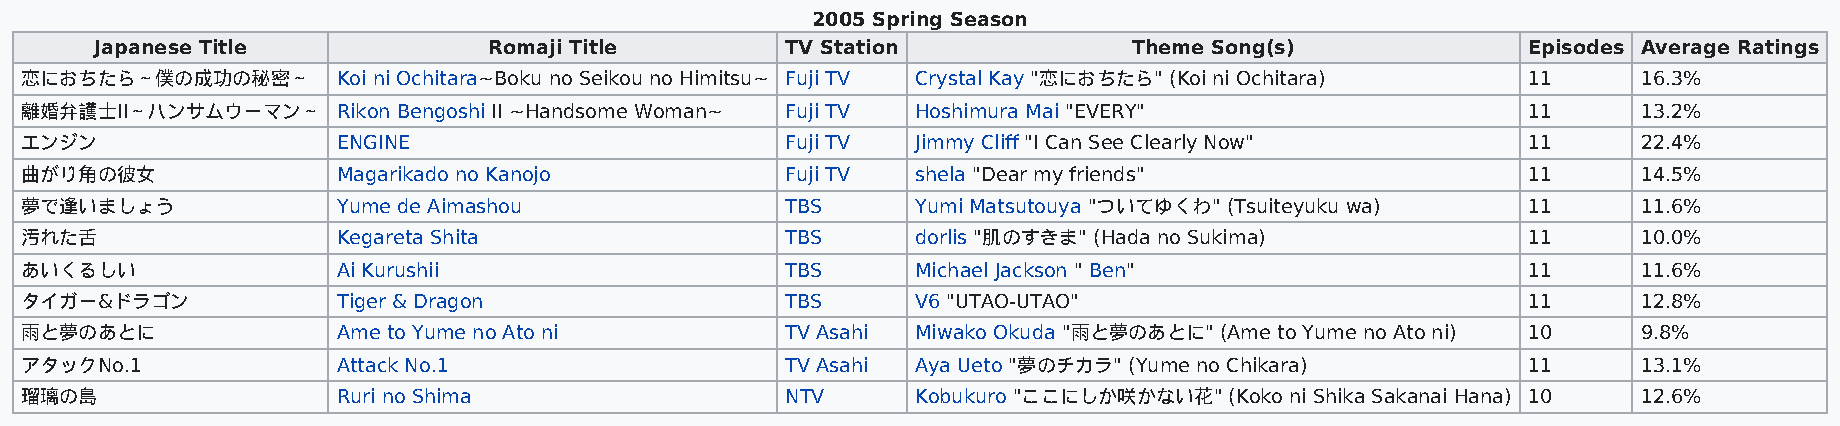
2005 Spring Season
 Japanese Title            Romaji Title        TV Station             Theme Song(s)             Episodes Average Ratings
 恋におちたら～僕の成功の秘密～      Koi ni Ochitara~Boku no Seikou no Himitsu~ Fuji TV Crystal Kay "恋におちたら" (Koi ni Ochitara) 11 16.3%
 離婚弁護士II～ハンサムウーマン～    Rikon Bengoshi II ~Handsome Woman~ Fuji TV Hoshimura Mai "EVERY"               11      13.2%
 エンジン                 ENGINE                        Fuji TV  Jimmy Cliff "I Can See Clearly Now"     11      22.4%
 曲がり角の彼女              Magarikado no Kanojo          Fuji TV  shela "Dear my friends"                 11      14.5%
 夢で逢いましょう             Yume de Aimashou              TBS      Yumi Matsutouya "ついてゆくわ" (Tsuiteyuku wa) 11     11.6%
 汚れた舌                 Kegareta Shita                TBS      dorlis "肌のすきま" (Hada no Sukima)         11      10.0%
 あいくるしい               Ai Kurushii                   TBS      Michael Jackson " Ben"                  11      11.6%
 タイガー&ドラゴン            Tiger & Dragon                TBS      V6 "UTAO-UTAO"                          11      12.8%
 雨と夢のあとに              Ame to Yume no Ato ni         TV Asahi Miwako Okuda "雨と夢のあとに" (Ame to Yume no Ato ni) 10 9.8%
 アタックNo.1             Attack No.1                   TV Asahi Aya Ueto "夢のチカラ" (Yume no Chikara)      11      13.1%
 瑠璃の島                 Ruri no Shima                 NTV      Kobukuro "ここにしか咲かない花" (Koko ni Shika Sakanai Hana) 10 12.6%